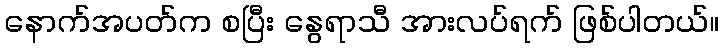
နောက်အပတ်က စပြီး နွေရာသီ အားလပ်ရက် ဖြစ်ပါတယ်။